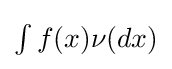
\textstyle \int f(x)\nu (dx)